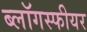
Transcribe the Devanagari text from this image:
ब्लॉगस्फीयर